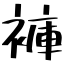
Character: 褲